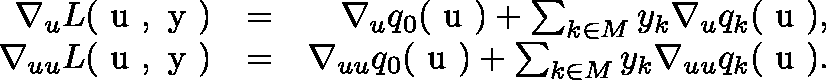
\begin{array} { r l r } { \nabla _ { u } L ( \mathrm { \boldmath ~ u ~ } , \mathrm { \boldmath ~ y ~ } ) } & { = } & { \nabla _ { u } q _ { 0 } ( \mathrm { \boldmath ~ u ~ } ) + \sum _ { k \in M } y _ { k } \nabla _ { u } q _ { k } ( \mathrm { \boldmath ~ u ~ } ) , } \\ { \nabla _ { u u } L ( \mathrm { \boldmath ~ u ~ } , \mathrm { \boldmath ~ y ~ } ) } & { = } & { \nabla _ { u u } q _ { 0 } ( \mathrm { \boldmath ~ u ~ } ) + \sum _ { k \in M } y _ { k } \nabla _ { u u } q _ { k } ( \mathrm { \boldmath ~ u ~ } ) . } \end{array}